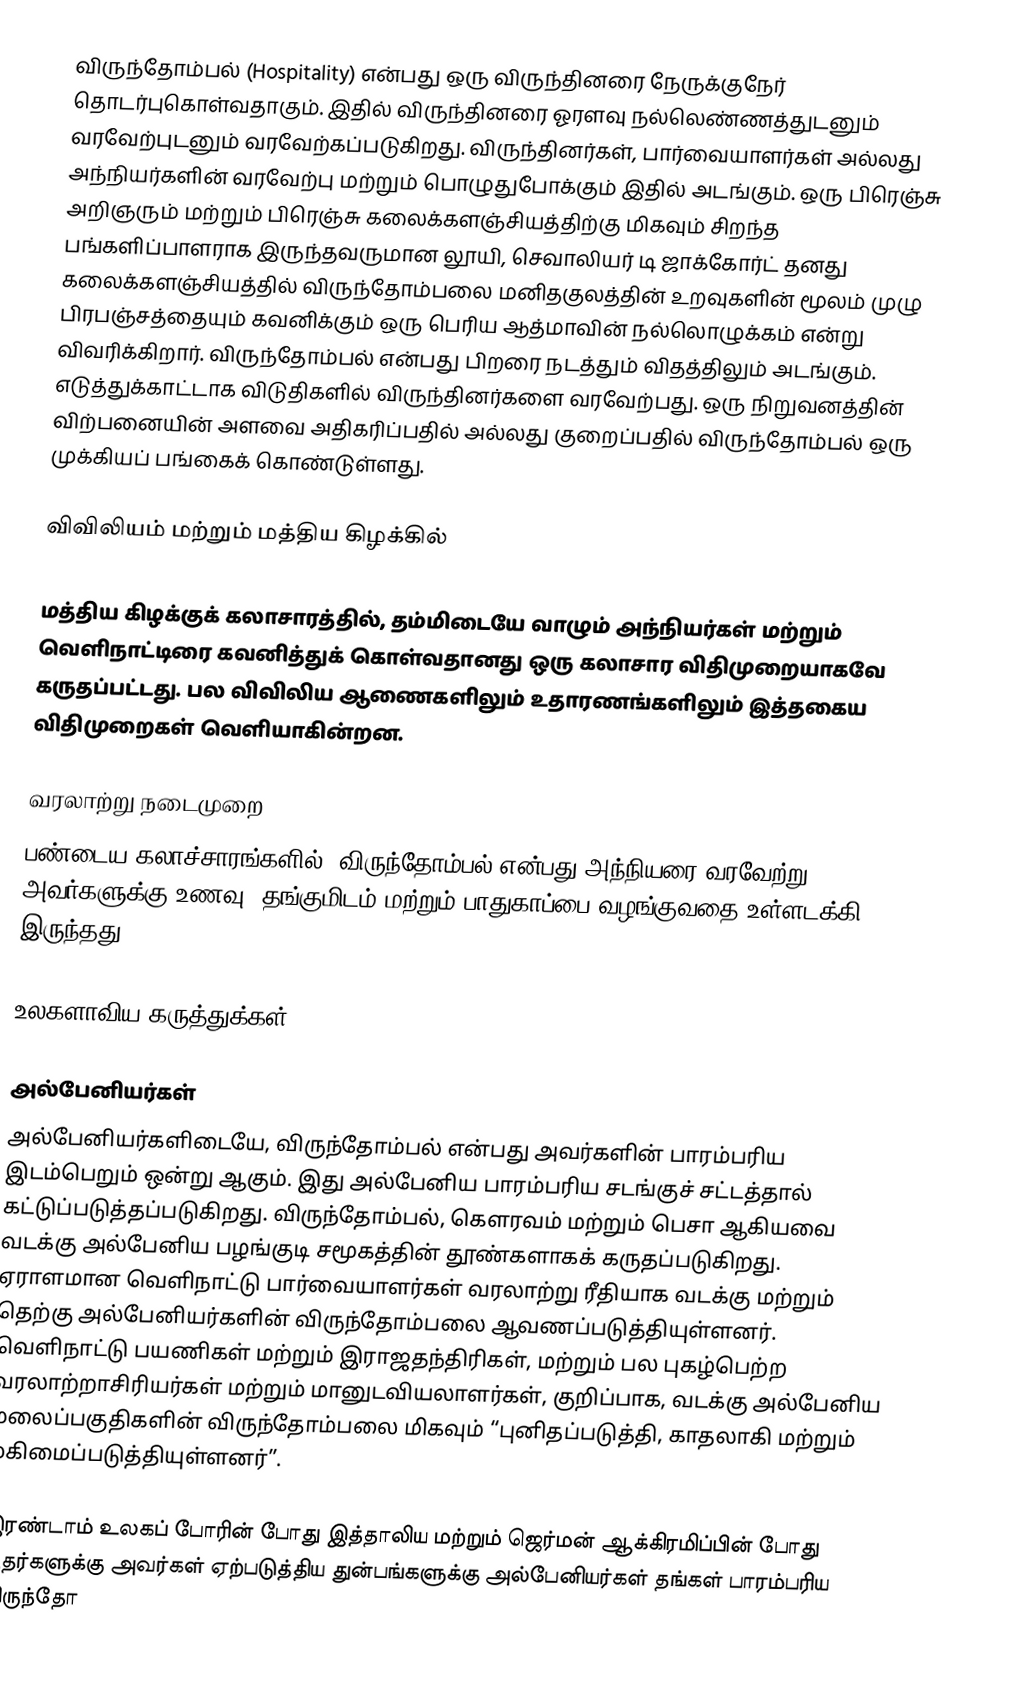
விருந்தோம்பல் (Hospitality) என்பது ஒரு விருந்தினரை நேருக்குநேர் தொடர்புகொள்வதாகும். இதில் விருந்தினரை ஓரளவு நல்லெண்ணத்துடனும் வரவேற்புடனும் வரவேற்கப்படுகிறது. விருந்தினர்கள், பார்வையாளர்கள் அல்லது அந்நியர்களின் வரவேற்பு மற்றும் பொழுதுபோக்கும் இதில் அடங்கும். ஒரு பிரெஞ்சு அறிஞரும் மற்றும் பிரெஞ்சு கலைக்களஞ்சியத்திற்கு மிகவும் சிறந்த பங்களிப்பாளராக இருந்தவருமான லூயி, செவாலியர் டி ஜாக்கோர்ட் தனது கலைக்களஞ்சியத்தில் விருந்தோம்பலை மனிதகுலத்தின் உறவுகளின் மூலம் முழு பிரபஞ்சத்தையும் கவனிக்கும் ஒரு பெரிய ஆத்மாவின் நல்லொழுக்கம் என்று விவரிக்கிறார். விருந்தோம்பல் என்பது பிறரை நடத்தும் விதத்திலும் அடங்கும். எடுத்துக்காட்டாக விடுதிகளில் விருந்தினர்களை வரவேற்பது. ஒரு நிறுவனத்தின் விற்பனையின் அளவை அதிகரிப்பதில் அல்லது குறைப்பதில் விருந்தோம்பல் ஒரு முக்கியப் பங்கைக் கொண்டுள்ளது.

விவிலியம் மற்றும் மத்திய கிழக்கில்

மத்திய கிழக்குக் கலாசாரத்தில், தம்மிடையே வாழும் அந்நியர்கள் மற்றும் வெளிநாட்டிரை கவனித்துக் கொள்வதானது ஒரு கலாசார விதிமுறையாகவே கருதப்பட்டது. பல விவிலிய ஆணைகளிலும் உதாரணங்களிலும் இத்தகைய விதிமுறைகள் வெளியாகின்றன.

வரலாற்று நடைமுறை
பண்டைய கலாச்சாரங்களில், விருந்தோம்பல் என்பது அந்நியரை வரவேற்று அவர்களுக்கு உணவு, தங்குமிடம் மற்றும் பாதுகாப்பை வழங்குவதை உள்ளடக்கி இருந்தது.

உலகளாவிய கருத்துக்கள்

அல்பேனியர்கள்
அல்பேனியர்களிடையே, விருந்தோம்பல் என்பது அவர்களின் பாரம்பரிய இடம்பெறும் ஒன்று ஆகும். இது அல்பேனிய பாரம்பரிய சடங்குச் சட்டத்தால் கட்டுப்படுத்தப்படுகிறது. விருந்தோம்பல், கௌரவம் மற்றும் பெசா ஆகியவை வடக்கு அல்பேனிய பழங்குடி சமூகத்தின் தூண்களாகக் கருதப்படுகிறது. ஏராளமான வெளிநாட்டு பார்வையாளர்கள் வரலாற்று ரீதியாக வடக்கு மற்றும் தெற்கு அல்பேனியர்களின் விருந்தோம்பலை ஆவணப்படுத்தியுள்ளனர். வெளிநாட்டு பயணிகள் மற்றும் இராஜதந்திரிகள், மற்றும் பல புகழ்பெற்ற வரலாற்றாசிரியர்கள் மற்றும் மானுடவியலாளர்கள், குறிப்பாக, வடக்கு அல்பேனிய மலைப்பகுதிகளின் விருந்தோம்பலை மிகவும் “புனிதப்படுத்தி, காதலாகி மற்றும் மகிமைப்படுத்தியுள்ளனர்”.

இரண்டாம் உலகப் போரின் போது இத்தாலிய மற்றும் ஜெர்மன் ஆக்கிரமிப்பின் போது யூதர்களுக்கு அவர்கள் ஏற்படுத்திய துன்பங்களுக்கு அல்பேனியர்கள் தங்கள் பாரம்பரிய விருந்தோ